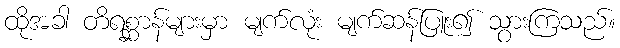
ထိုအခါ တိရစ္ဆာန်များမှာ မျက်လုံး မျက်ဆန်ပြူး၍ သွားကြသည်။